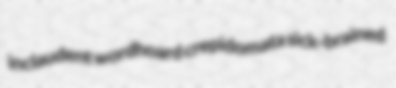
inclaudent wordhoard crepidomata sick-brained